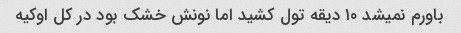
باورم نمیشد ۱۰ دیقه تول کشید اما نونش خشک بود در کل اوکیه